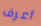
أعرف